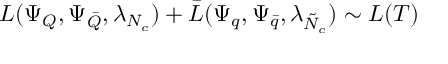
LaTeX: { \cal L } ( \Psi _ { Q } , \Psi _ { \bar { Q } } , \lambda _ { N _ { c } } ) + \bar { { \cal L } } ( \Psi _ { q } , \Psi _ { \bar { q } } , \lambda _ { \tilde { N } _ { c } } ) \sim { \cal L } ( T )